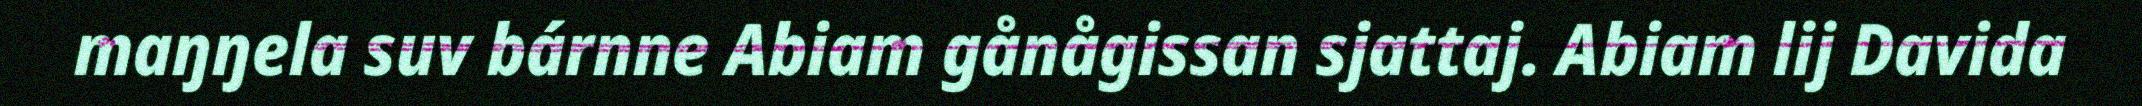
maŋŋela suv bárnne Abiam gånågissan sjattaj. Abiam lij Davida